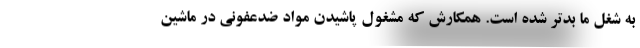
به شغل ما بدتر شده است. همکارش که مشغول پاشیدن مواد ضدعفونی در ماشین